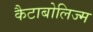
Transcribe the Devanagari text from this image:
कैटाबोलिज्म